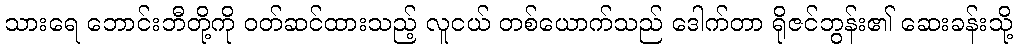
သားရေ ဘောင်းဘီတို့ကို ဝတ်ဆင်ထားသည့် လူငယ် တစ်ယောက်သည် ဒေါက်တာ ရိုဇင်ဘွန်း၏ ဆေးခန်းသို့